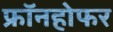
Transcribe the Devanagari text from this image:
फ्रॉनहोफर